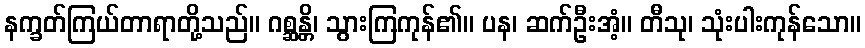
နက္ခတ်ကြယ်တာရာတို့သည်။ ဂစ္ဆန္တိ၊ သွားကြကုန်၏။ ပန၊ ဆက်ဦးအံ့။ တီသု၊ သုံးပါးကုန်သော။